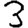
Digit: 3